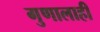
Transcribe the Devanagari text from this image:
गुणालाही